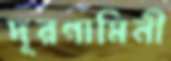
দূরগামিনী